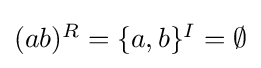
{\textstyle (ab)^{R}=\{a,b\}^{I}=\emptyset }